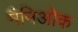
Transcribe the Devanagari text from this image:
मैनिओक